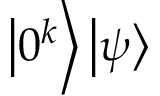
\left| 0 ^ { k } \right\rangle \left| \psi \right\rangle